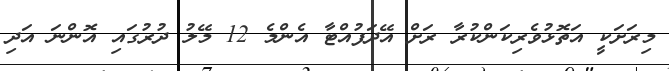
މިރަށަކީ އަތޮޅުވެރިކަންކުރާ ރަށް އޭދަފުއްޓާ އެންމެ 12 މޭލު ދުރުގައި އޮންނަ އަދި